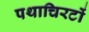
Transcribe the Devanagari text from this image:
पथाचिरटों